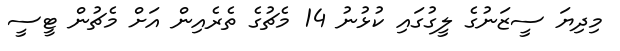
މިދިޔަ ސީޒަނުގެ ލީގުގައި ކުޅުނު 14 މެޗުގެ ތެރެއިން އަށް މެޗުން ޓީސީ